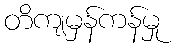
တိကျမှန်ကန်မှု